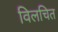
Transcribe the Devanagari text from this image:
विलचित